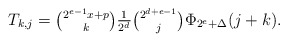
\begin{align*}T_{k,j}=\tbinom{2^{e-1}x+p}k\tfrac1{2^d}\tbinom{2^{d+e-1}}j\Phi_{2^e+\Delta}(j+k).\end{align*}